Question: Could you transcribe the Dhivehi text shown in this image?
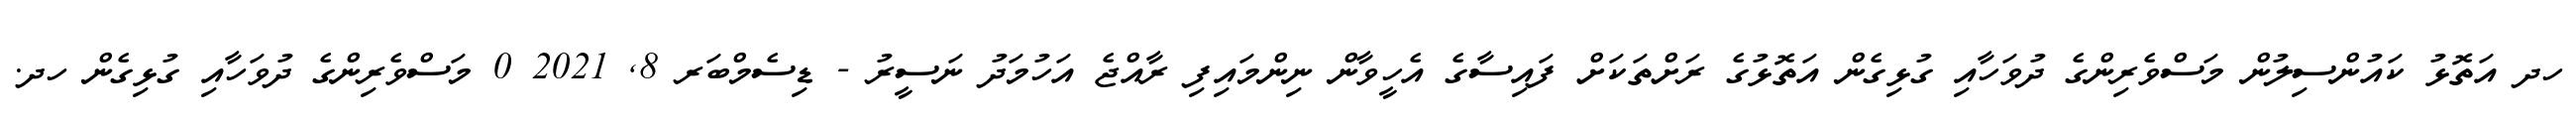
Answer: ހދ އަތޮޅު ކައުންސިލުން މަސްވެރިންގެ ދުވަހާއި ގުޅިގެން އަތޮޅުގެ ރަށްތަކަށް ފައިސާގެ އެހީވާން ނިންމައިފި ރާއްޖެ އަހުމަދު ނަސީރު - ޑިސެމްބަރ 8, 2021 0 މަސްވެރިންގެ ދުވަހާއި ގުޅިގެން ހދ.